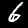
Label: 6